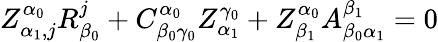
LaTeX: Z_{\alpha_{1},j}^{\alpha_{0}}R_{\beta_{0}}^{j}+C_{\beta_{0}\gamma_{0}}^{\alpha_{0}}Z_{\alpha_{1}}^{\gamma_{0}}+Z_{\beta_{1}}^{\alpha_{0}}A_{\beta_{0}\alpha_{1}}^{\beta_{1}}=0